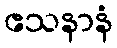
ဧသနာနံ